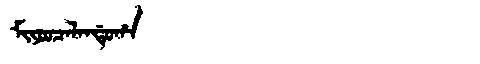
Manchu: ᠮᡳᠶᠣᠣᠴᠠᠯᠠᠨᡩᡠᡥᠠ
Romanization: MIYOOCALANDUHA